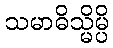
သမာဓိသ္မိမ္ပိ